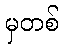
မှတစ်